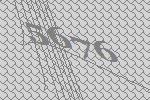
5676